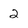
Character: 2